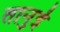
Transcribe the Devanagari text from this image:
तानुई